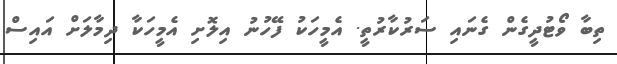
ތިބާ ވޯޓުދީގެން ގެނައި ސަރުކާރުތީ. އެމީހަކު ފޭހުނު އިލޮށި އެމީހަކާ ދިމާލަށް އައިސް